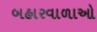
બહારવાળાઓ